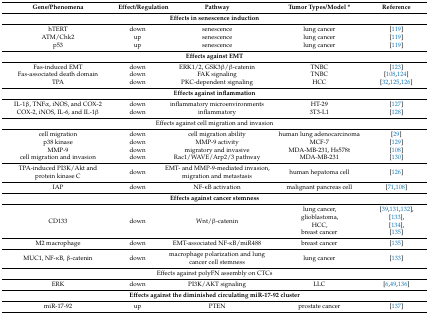
| Gene/Phenomena | Effect/Regulation | Pathway | Tumor Types/Model * | Reference |
 | --- | --- | --- | --- | --- |
 | <COLSPAN=5> Effects in senescence induction |
 | hTERT | down | senescence | lung cancer | [119] |
 | ATM/Chk2 | up | senescence | lung cancer | [119] |
 | p53 | up | senescence | lung cancer | [119] |
 | <COLSPAN=5> Effects against EMT |
 | Fas-induced EMT | down | ERK1/2, GSK3β/β-catenin | TNBC | [123] |
 | Fas-associated death domain | down | FAK signaling | TNBC | [108,124] |
 | TPA | down | PKC-dependent signaling | HCC | [32,125,126] |
 | <COLSPAN=5> Effects against inflammation |
 | IL-1β, TNFα, iNOS, and COX-2 | down | inflammatory microenvironments | HT-29 | [127] |
 | COX-2, iNOS, IL-6, and IL-1β | down | inflammatory | 3T3-L1 | [128] |
 | <COLSPAN=5> Effects against cell migration and invasion |
 | cell migration | down | cell migration ability | human lung adenocarcinoma | [29] |
 | p38 kinase | down | MMP-9 activity | MCF-7 | [129] |
 | MMP-9 | down | migratory and invasive | MDA-MB-231, Hs578t | [108] |
 | cell migration and invasion | down | Rac1/WAVE/Arp2/3 pathway | MDA-MB-231 | [130] |
 | TPA-induced PI3K/Akt and protein kinase C | down | EMT- and MMP-9-mediated invasion, migration and metastasis | human hepatoma cell | [126] |
 | IAP | down | NF-κB activation | malignant pancreas cell | [71,108] |
 | <COLSPAN=5> Effects against cancer stemness |
 | CD133 | down | Wnt/β-catenin | lung cancer, glioblastoma, HCC, breast cancer | [39,131,132], [133], [134], [135] |
 | M2 macrophage | down | EMT-associated NF-κB/miR488 | breast cancer | [135] |
 | MUC1, NF-κB, β-catenin | down | macrophage polarization and lung cancer cell stemness | lung cancer | [133] |
 | <COLSPAN=5> Effects against polyFN assembly on CTCs |
 | ERK | down | PI3K/AKT signaling | LLC | [6,49,136] |
 | <COLSPAN=5> Effects against the diminished circulating miR-17-92 cluster |
 | miR-17-92 | up | PTEN | prostate cancer | [137] |